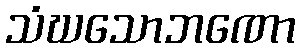
သံဃသောဘဏော